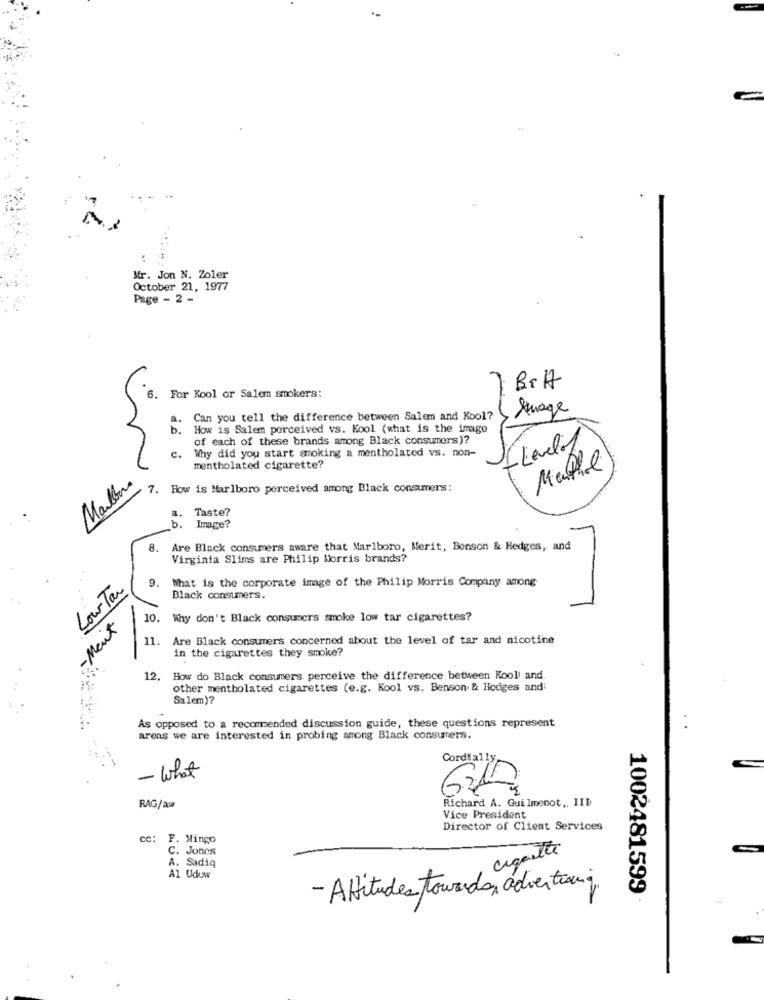
Mr. Jon N. Zoler
October 21, 1977
Page - 2 -
7
BrA
6. For Kool or Salem smokers:
( Auage
a.
Can you tell the difference between Salem and Kool?
b.
How is Salem perceived vs. Kool (what is the image
of each of these brands among Black consumers)?
Why did you start smoking a mentholated vs. non-
c.
mentholated cigarette?
Menthal
Marlboro
7. How is Marlboro perceived among Black consumers:
Taste?
b.
Image?
8.
Are Black consumers aware that Marlboro, Merit, Bonson & Hedges, and
Virginia Slims are Philip Morris brands?
What is the corporate image of the Philip Morris Company among
Lour Tar
9.
Black consumers.
10.
Why don't Black consumers smoke low tar cigarettes?
Ment
11. Are Black consumers concerned about the level of tar and nicotine
in the cigarettes they smoke?
12.
How do Black consumers perceive the difference between Kooli and.
other mentholated cigarettes (e.g. Kool vs. Benson & Hodges and;
Salem )?
As opposed to a recommended discussion guide, these questions represent
areas we are interested in probing among Black consumers.
Cordially
- what
Richard A. Guilmenot ,. 1ID
RAG/aw
Vice President
Director of Client Services
F. Mingo
C. Jones
arquette
A. Sadiq
Al Udow
- Attitudes towards, advertising
1002481599